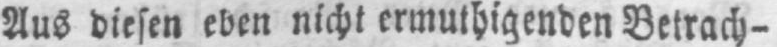
Aus diesen eben nicht ermuthigenden Betrach-